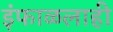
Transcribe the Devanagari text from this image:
इंफाळलाही